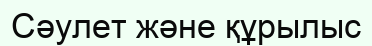
Сәулет және құрылыс